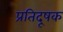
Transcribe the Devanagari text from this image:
प्रतिदूषक